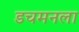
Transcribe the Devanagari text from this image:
डचमनला